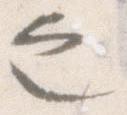
之